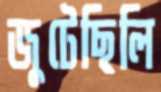
জুটেছিলি